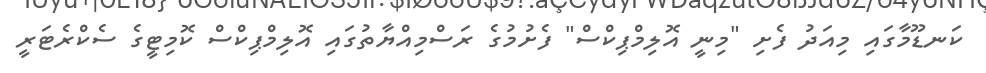
ކަނޑޫމާގައި މިއަދު ފެށި "މިނީ އޮލިމްޕިކްސް" ފެށުމުގެ ރަސްމިއްޔާތުގައި އޮލިމްޕިކްސް ކޮމިޓީގެ ސެކްރެޓަރީ